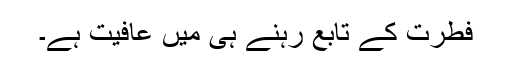
فطرت کے تابع رہنے ہی میں عافیت ہے۔